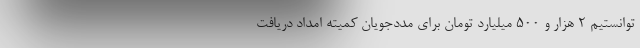
توانستیم ۲ هزار و ۵۰۰ میلیارد تومان برای مددجویان کمیته امداد دریافت